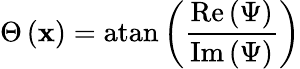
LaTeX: \Theta\left(\mathbf{x}\right)=\mathrm{{atan}}\left(\frac{{\mathrm{{Re}}\left(\Psi\right)}}{{\mathrm{{Im}}\left(\Psi\right)}}\right)